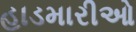
હાડમારીઓ